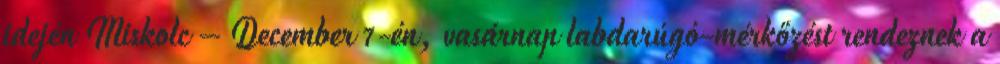
idején Miskolc – December 7-én, vasárnap labdarúgó-mérkőzést rendeznek a